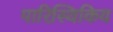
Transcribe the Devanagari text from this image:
पारिस्थिकिय